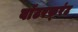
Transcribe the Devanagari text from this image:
वाॅटरफ़्रंट